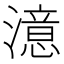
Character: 澺